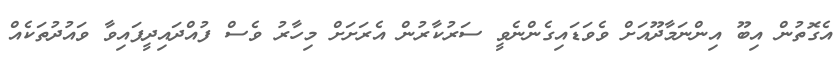
އެގޮތުން އިބޫ އިންނަމާދޫއަށް ވެވަޑައިގެންނެވީ ސަރުކާރުން އެރަށަށް މިހާރު ވެސް ފުއްދައިދީފައިވާ ވައުދުތަކެއް